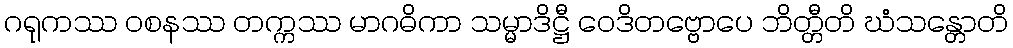
ဂရုကဿ ဝစနဿ တက္ကဿ မာဂဓိကာ သမ္မာဒိဋ္ဌီ ဝေဒိတဗ္ဗောပေ ဘိတ္တီတိ ဃံသန္တောတိ